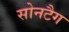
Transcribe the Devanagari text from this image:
सोनटैग